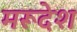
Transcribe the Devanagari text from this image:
मरूदेश